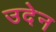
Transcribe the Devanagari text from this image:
उदेन